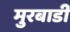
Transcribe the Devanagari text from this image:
मुरबाडी